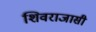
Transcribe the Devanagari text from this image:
शिवराजासी